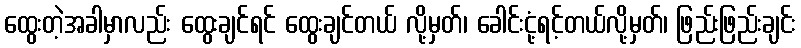
ထွေးတဲ့အခါမှာလည်း ထွေးချင်ရင် ထွေးချင်တယ် လို့မှတ်၊ ခေါင်းငုံ့ရင့်တယ်လို့မှတ်၊ ဖြည်းဖြည်းချင်း